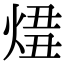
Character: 𤊛